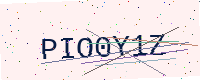
Text: PIO0Y1Z